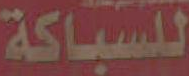
للسباكة